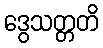
ဒွေသတ္တတိ